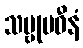
သဗ္ဗုပဓီနံ